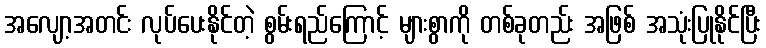
အလျော့အတင်း လုပ်ပေးနိုင်တဲ့ စွမ်းရည်ကြောင့် များစွာကို တစ်ခုတည်း အဖြစ် အသုံးပြုနိုင်ပြီး